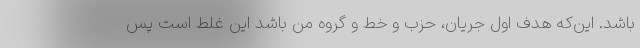
باشد. این‌که هدف اول جریان، حزب و خط و گروه من باشد این غلط است پس